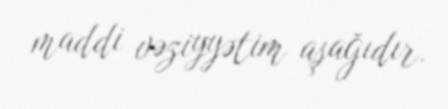
maddi vəziyyətim aşağıdır.